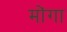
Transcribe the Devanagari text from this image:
मोंगा